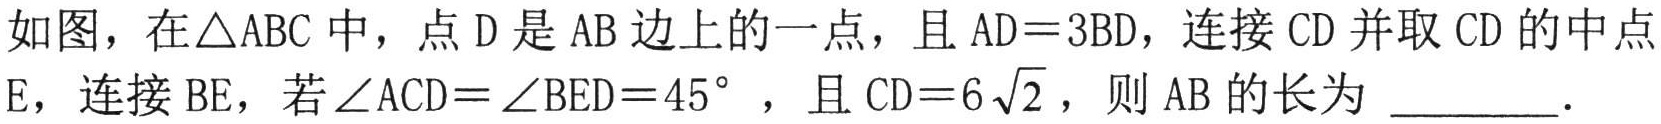
如图，在\(\triangle ABC\)中，点\(D\)是\(AB\)边上的一点，且\(AD = 3BD\)，连接\(CD\)并取\(CD\)的中点\(E\)，连接\(BE\)，若\(\angle ACD=\angle BED = 45^{\circ}\) ，且\(CD = 6\sqrt{2}\)，则\(AB\)的长为 \_\_\_\_\_．